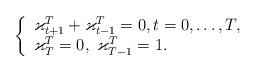
LaTeX: \begin{align*} \left\{\begin{array}l\varkappa^T_{t+1}+\varkappa^T_{t-1}=0,t=0,\ldots,T,\\\varkappa^T_{T}=0,\,\, \varkappa^T_{T-1}=1.\end{array}\right.\end{align*}